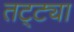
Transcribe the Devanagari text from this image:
तट्ट्या